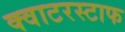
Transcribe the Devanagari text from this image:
क्वाटरस्टाफ